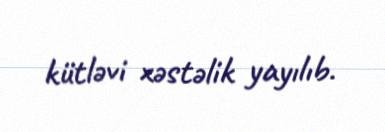
kütləvi xəstəlik yayılıb.